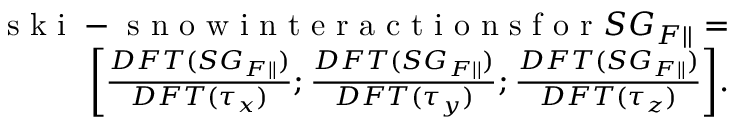
\begin{array} { r } { \mathrm { ~ s ~ k ~ i ~ - ~ s ~ n ~ o ~ w ~ i ~ n ~ t ~ e ~ r ~ a ~ c ~ t ~ i ~ o ~ n ~ s ~ f ~ o ~ r ~ } S G _ { F | | } = } \\ { \bigg [ \frac { D F T ( S G _ { F | | } ) } { D F T ( \tau _ { x } ) } ; \frac { D F T ( S G _ { F | | } ) } { D F T ( \tau _ { y } ) } ; \frac { D F T ( S G _ { F | | } ) } { D F T ( \tau _ { z } ) } \bigg ] . } \end{array}